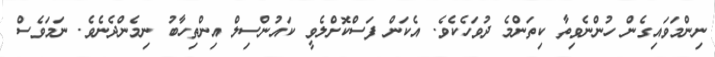
ނިންމަވައިގެން ހުންނެވިތާ ކިތަންމެ ދުވަހެކެވެ. އެކަން ފަސްކޮށްލެވީ ކައުންސިލް އިންތިހާބު ނިމެންދެނެވެ. ނަމަވެސް